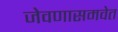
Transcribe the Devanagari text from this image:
जेवणासमवेत